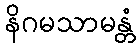
နိဂမသာမန္တံ